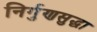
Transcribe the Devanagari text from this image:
निर्गुणसुद्धा